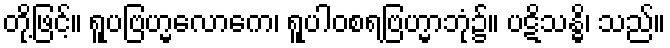
တို့ဖြင့်။ ရူပဗြဟ္မလောကေ၊ ရူပါဝစရဗြဟ္မာဘုံ၌။ ပဋိသန္ဓိ၊ သည်။